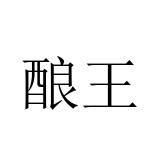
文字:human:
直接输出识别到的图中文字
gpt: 酿王